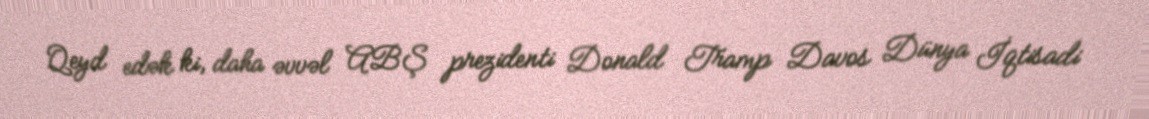
Qeyd edək ki, daha əvvəl ABŞ prezidenti Donald Tramp Davos Dünya İqtisadi